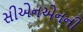
સીએનએનની